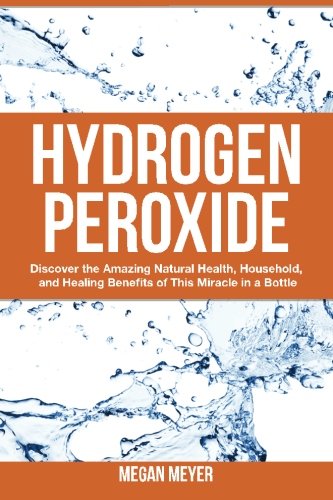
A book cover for Hydrogen Peroxide: Discover the Amazing Natural Health, Household and Healing Benefits of This Miracle in a Bottle; Megan Meyer; Crafts, Hobbies & Home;